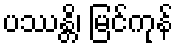
ပဿန္တိ၊ မြင်ကုန်